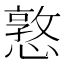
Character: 憝